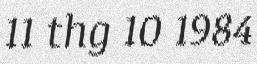
11 thg 10 1984